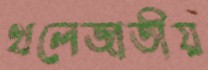
থলেজাতীয়